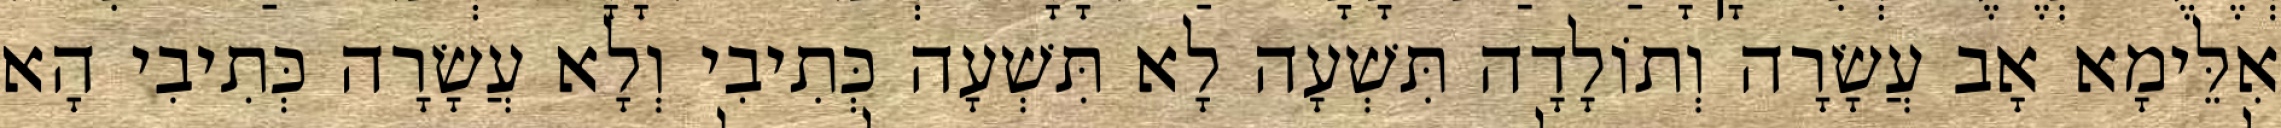
אִלֵּימָא אָב עֲשָׂרָה וְתוֹלָדָה תִּשְׁעָה לָא תִּשְׁעָה כְּתִיבִי וְלָא עֲשָׂרָה כְּתִיבִי הָא